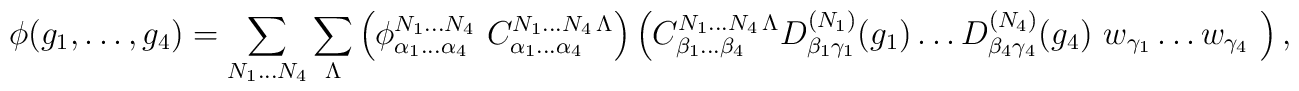
\phi(g_1,\ldots,g_4) = \sum_{N_1\ldots N_4} \sum_\Lambda \left(\phi^{N_1\ldots N_4}_{\alpha_1\ldots\alpha_4}\ C^{N_1\ldots N_4\,\Lambda}_{\alpha_1\ldots\alpha_4}\right) \left({C}^{N_1\ldots N_4\,\Lambda}_{\beta_1\ldots\beta_4} D^{(N_1)}_{\beta_1\gamma_1}(g_1) \ldots D^{(N_4)}_{\beta_4\gamma_4}(g_4)\ w_{\gamma_1}\ldots w_{\gamma_4}\ \right),